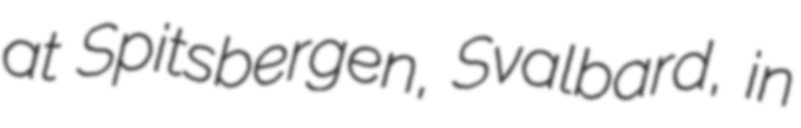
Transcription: at Spitsbergen, Svalbard, in